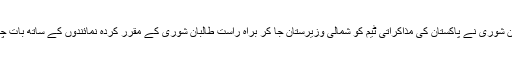
یاد رہے منگل کے روز طالبان شوریٰ نے پاکستان کی مذاکراتی ٹیم کو شمالی وزیرستان جا کر براہِ راست طالبان شوریٰ کے مقرر کردہ نمائندوں کے ساتھ بات چیت کرنے کی دعوت دی تھی۔